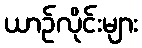
ယာဉ်လိုင်းများ